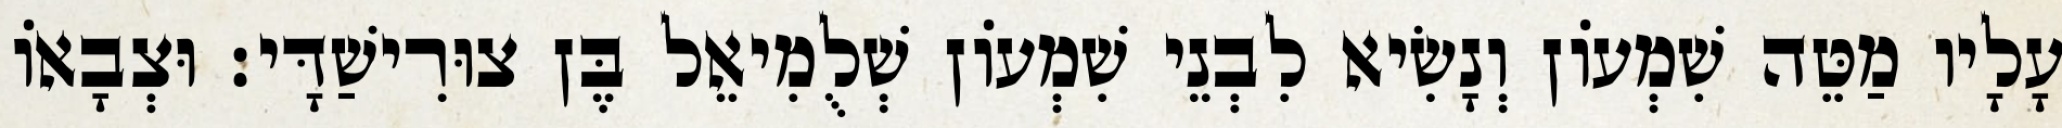
עָלָיו מַטֵּה שִׁמְעוֹן וְנָשִׂיא לִבְנֵי שִׁמְעוֹן שְׁלֻמִיאֵל בֶּן צוּרִישַׁדָּי׃ וּצְבָאוֹ